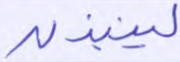
لينبذن